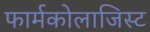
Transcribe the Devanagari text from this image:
फार्मकोलाजिस्ट